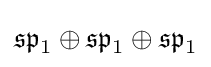
{\mathfrak {sp}}_{1}\oplus {\mathfrak {sp}}_{1}\oplus {\mathfrak {sp}}_{1}